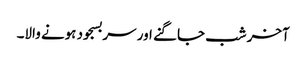
آخر شب جاگنے اور سربسجود ہونے والا۔